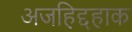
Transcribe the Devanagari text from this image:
अजहिद्दहाक